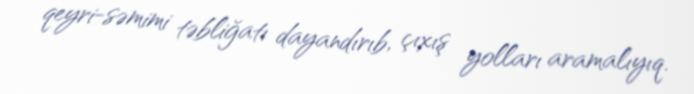
qeyri-səmimi təbliğatı dayandırıb, çıxış yolları aramalıyıq.